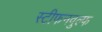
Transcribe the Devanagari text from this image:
स्टीफनवुल्फ